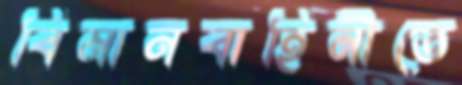
বিমানবাহিনীতে